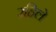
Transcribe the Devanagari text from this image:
रहिले